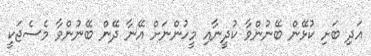
އަދި ބަށި ކުޅޭން ބޭނުންވާ ކުދީނާއި މީހުންނަށް އޭނާ ދޭން ބޭނުންވާ މެސެޖަކީ